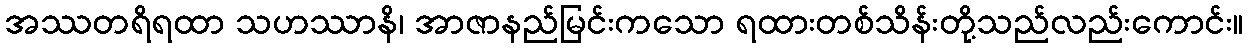
အဿတရိရထာ သဟဿာနိ၊ အာဇာနည်မြင်းကသော ရထားတစ်သိန်းတို့သည်လည်းကောင်း။